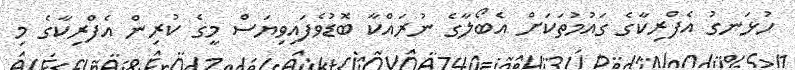
ހުޅަނގު އެފްރިކާގެ ގައުމުތަކަށް އެބޯލާގެ ނުރައްކާ ބޮޑުވެފައިވިޔަސް މީގެ ކުރިން އެފްރިކާގެ މި